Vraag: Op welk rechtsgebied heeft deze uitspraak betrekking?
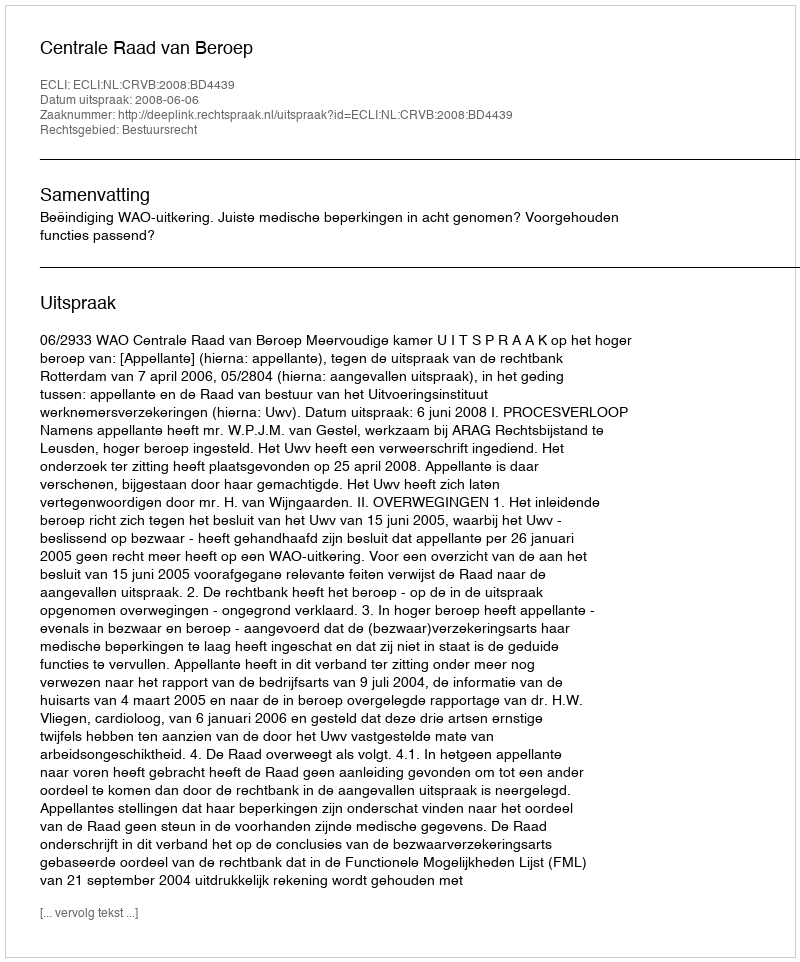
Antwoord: Bestuursrecht